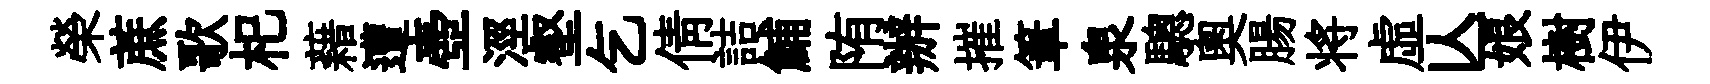
榮蔗歌𣏌藉遭壺涇壑乞倩詰鯆陏辦摧筆泉驄奧腸将虛亾娘樹伊